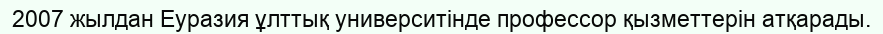
2007 жылдан Еуразия ұлттық университінде профессор қызметтерін атқарады.